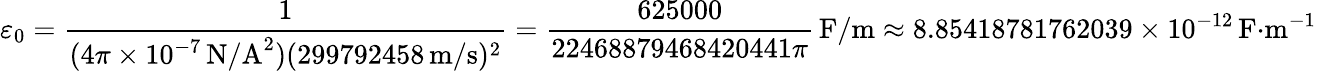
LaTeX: \varepsilon_{0}={\frac{1}{(4\pi\times 10^{-7}\, {\textrm{N/A}}^{2})(299792458\, {\textrm{m/s}})^{2}}}={\frac{625000}{22468879468420441\pi}}\, {\textrm{F/m}}\approx 8.85418781762039\times 10^{-12}\, {\textrm{F}}{\cdot}{\textrm{m}}^{-1}